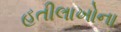
હતીલાખોના